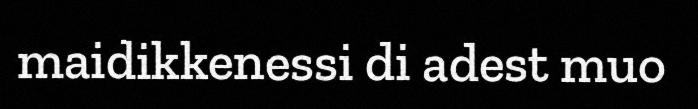
maidikkenessi di adest muo